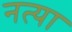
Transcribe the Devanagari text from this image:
नत्या